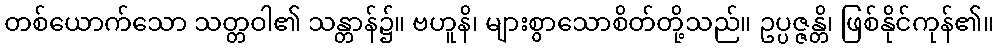
တစ်ယောက်သော သတ္တဝါ၏ သန္တာန်၌။ ဗဟူနိ၊ များစွာသောစိတ်တို့သည်။ ဥပ္ပဇ္ဇန္တိ၊ ဖြစ်နိုင်ကုန်၏။